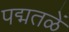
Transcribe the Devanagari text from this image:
पद्मतळें